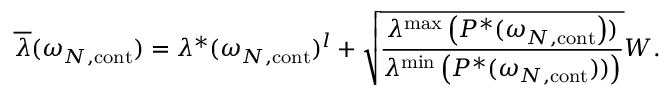
\overline { { \lambda } } ( \omega _ { N , \mathrm { c o n t } } ) = \lambda ^ { * } ( \omega _ { N , \mathrm { c o n t } } ) ^ { l } + \sqrt { \frac { \lambda ^ { \operatorname* { m a x } } \left( P ^ { * } ( \omega _ { N , \mathrm { c o n t } } \right) ) } { \lambda ^ { \operatorname* { m i n } } \left( P ^ { * } ( \omega _ { N , \mathrm { c o n t } } ) ) \right) } } W .